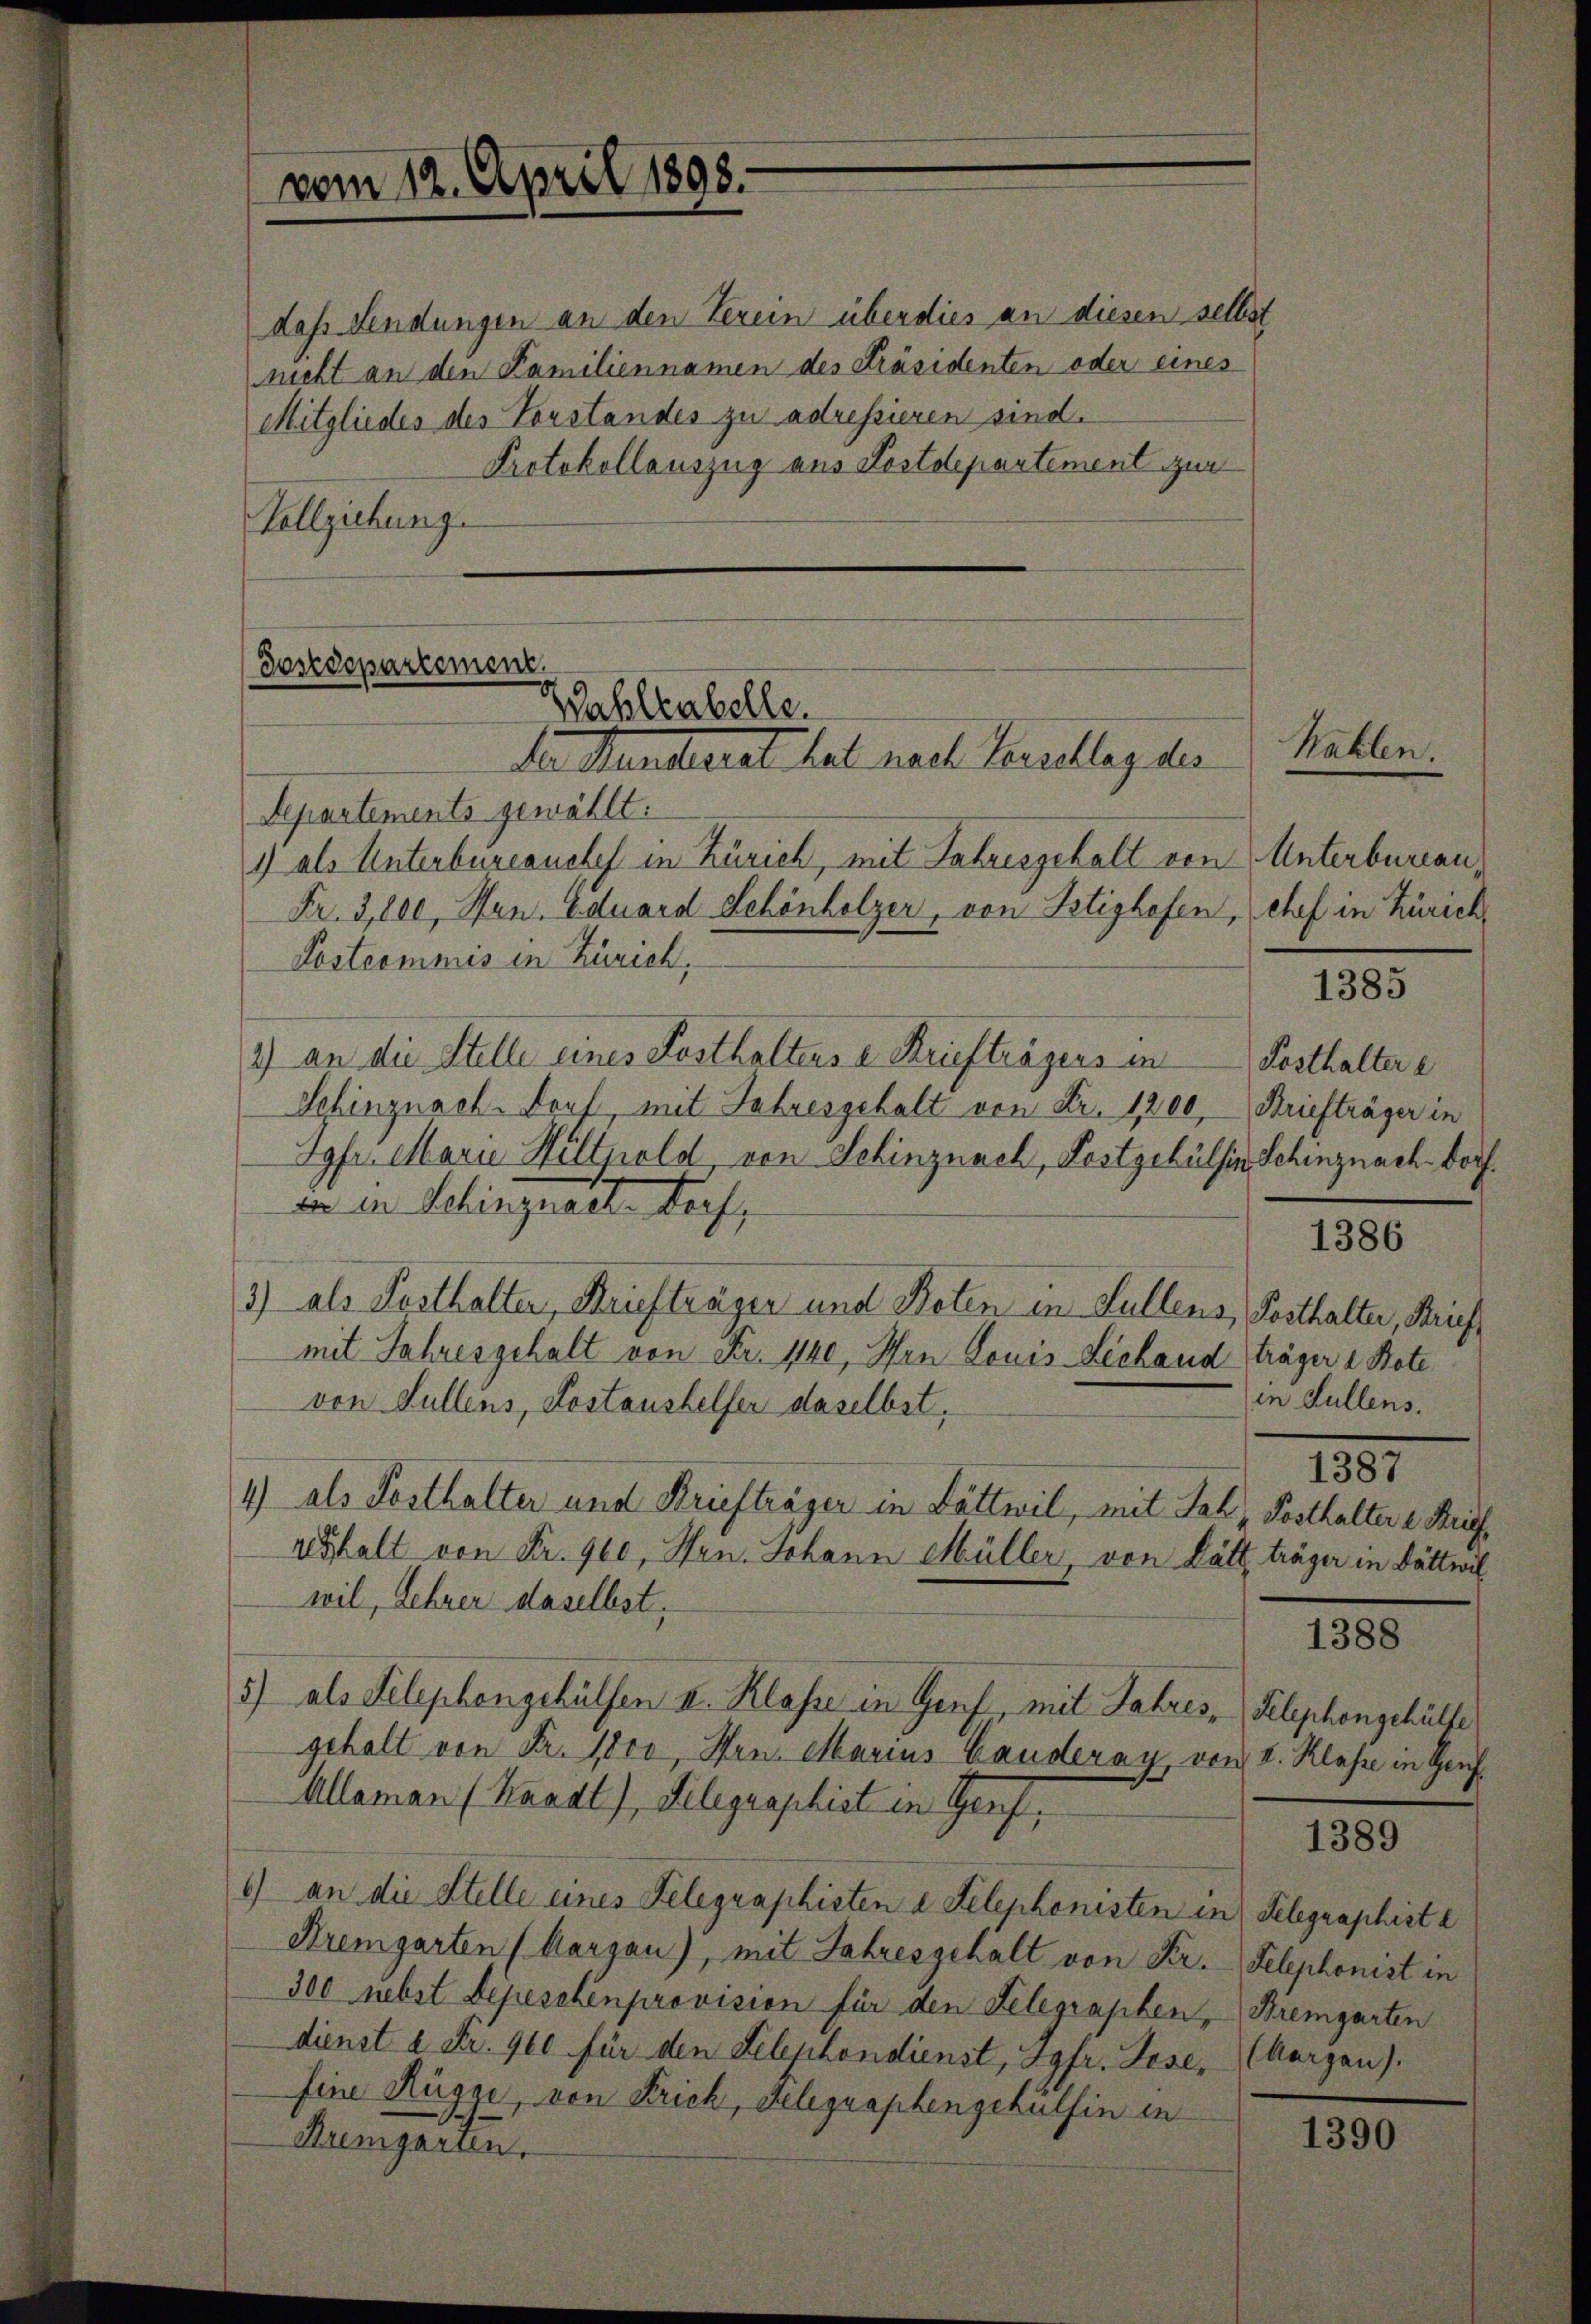
vom 12. April 1898.

das Sendungen an den Verein überdies an diesen selbst
nicht an den Familiennamen des Präsidenten oder eines
Mitgliedes des Vorstandes zu adressieren sind.
Protokollauszug aus Postdepartement zur
Vollziehung.

Sosedepartement.
Wahleabelle.
der Manderet hat nach Leuchlag der
Separtements gewählt.
1) als Unterbureauches in Zürich, mit Jahresgehalt von Unterbureau,

Fr. 3,000, San. Eduard Schönholzer, von Betishofen, chef in Zürich,
Postcommis in Zürich,
2) an die Stelle eines Posthaltens e Briefträgers in
Schinznach Dorf, mit Jahresgehalt von Fr. 1200. Briefträger in
Jgfr. Marie Hilthold, von Schinznach, Postgehülsin Schinznach Dorf.
der der Selinquart doch,
1) als Posthalter, Briefträger und Reten in Füllens, Posthalter, Brief
mit Jahresgehalt von Fr. 1140, Wan Louis Lechand träger a Bote
von Füllens, Postaushelfer daselbst,
1) als Posthalter und Briefträger in Dättwil, mit Jak. Posthaltere Kräf
vuhalt von Fr. 900, Hrn. Johann Müller, von Dätt, träger in Dättwil
wil, Lehrer daselbst,
5) als Telephongehülfen II. Klasse in Genf mit Jahres, Telephongehülfe
gehalt von Fr. 1800, Hrn. Marius Canderay, von I. Klasse in Hauf
Allaman (Kaaat), Gelegraphist in Genf,
1) an die Stelle eines Telegraphisten a Telephonisten in Telegraphist e
Kremgarten (karzan), mit Jahresgehalt von Fr. Telephonist in
300 nebst Depeschenprovision für den Telegraphen, Bremgarten
dienst 2 Fr. 900 für den Telephondienst, Jgfr. Gese¬
Eine Rügge, von Frick, Delegraphengehülfen in
Bremgarten.

Kahlen.

1385

Posthalter e

1386

in Hüllens.

1387

1388

1389

(Aargau).

1390